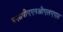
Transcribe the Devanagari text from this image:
इएसपीएएनओएलएएस